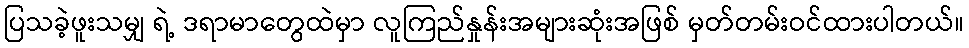
ပြသခဲ့ဖူးသမျှ ရဲ့ ဒရာမာတွေထဲမှာ လူကြည်နှုန်းအများဆုံးအဖြစ် မှတ်တမ်းဝင်ထားပါတယ်။